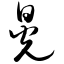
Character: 晃